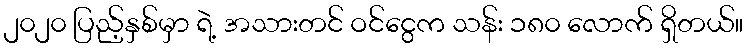
၂၀၂၀ ပြည့်နှစ်မှာ ရဲ့ အသားတင် ဝင်ငွေက သန်း ၁၈၀ လောက် ရှိတယ်။